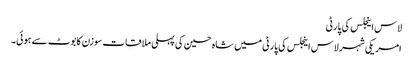
لاس اینجلس کی پارٹی
امریکی شہر لاس اینجلس کی پارٹی میں شاہ حسین کی پہلی ملاقات سوزن کابوٹ سے ہوئی۔